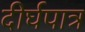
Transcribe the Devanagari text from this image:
दीर्घपात्र